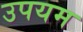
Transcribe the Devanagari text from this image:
उपयम